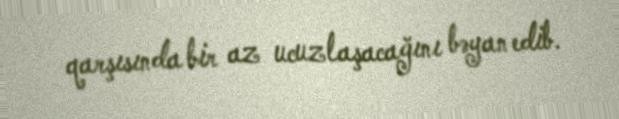
qarşısında bir az ucuzlaşacağını bəyan edib.